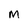
Character: m